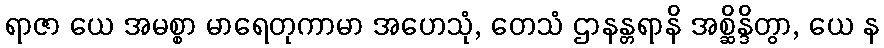
ရာဇာ ယေ အမစ္စာ မာရေတုကာမာ အဟေသုံ, တေသံ ဌာနန္တရာနိ အစ္ဆိန္ဒိတွာ, ယေ န